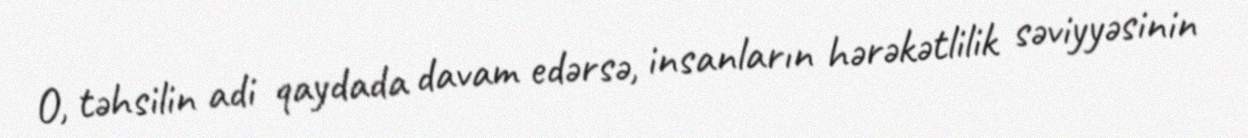
O, təhsilin adi qaydada davam edərsə, insanların hərəkətlilik səviyyəsinin